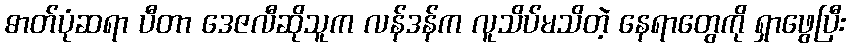
ဓာတ်ပုံဆရာ ပီတာ ဒေဇလီဆိုသူက လန်ဒန်က လူသိပ်မသိတဲ့ နေရာတွေကို ရှာဖွေပြီး